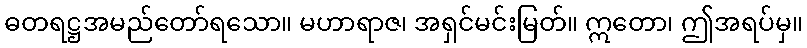
ဓတရဋ္ဌအမည်တော်ရသော။ မဟာရာဇ၊ အရှင်မင်းမြတ်။ ဣတော၊ ဤအရပ်မှ။